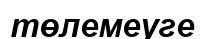
төлемеуге